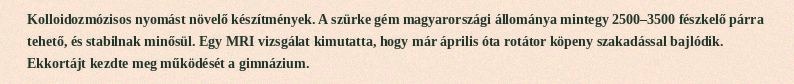
Kolloidozmózisos nyomást növelő készítmények. A szürke gém magyarországi állománya mintegy 2500–3500 fészkelő párra tehető, és stabilnak minősül. Egy MRI vizsgálat kimutatta, hogy már április óta rotátor köpeny szakadással bajlódik. Ekkortájt kezdte meg működését a gimnázium.